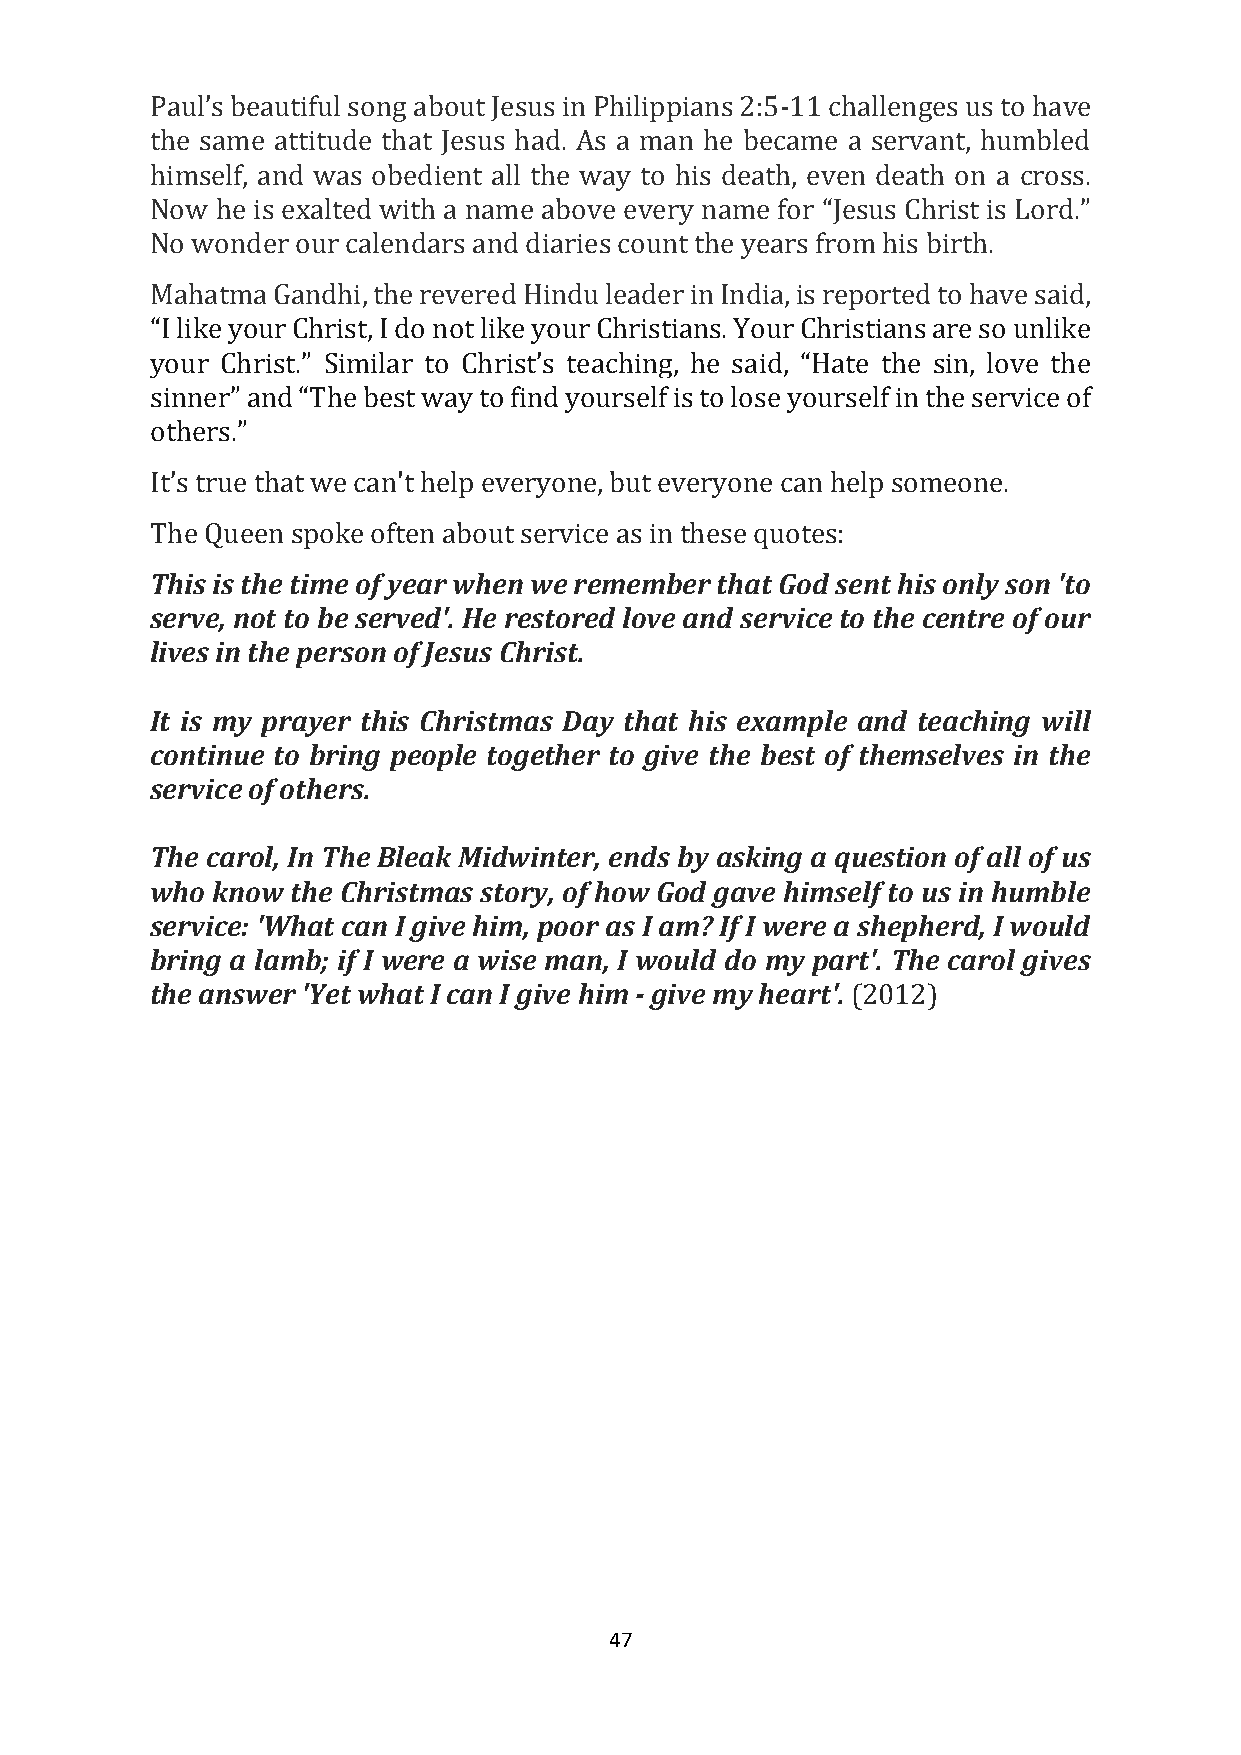
Paul’s beautiful song about Jesus in Philippians 2:5-11 challenges us to have
 the same attitude that Jesus had. As a man he became a servant, humbled
 himself, and was obedient all the way to his death, even death on a cross.
 Now he is exalted with a name above every name for “Jesus Christ is Lord.”
 No wonder our calendars and diaries count the years from his birth.
 Mahatma Gandhi, the revered Hindu leader in India, is reported to have said,
 “I like your Christ, I do not like your Christians. Your Christians are so unlike
 your Christ.” Similar to Christ’s teaching, he said, “Hate the sin, love the
 sinner” and “The best way to find yourself is to lose yourself in the service of
 others.”
 It’s true that we can't help everyone, but everyone can help someone.
 The Queen spoke often about service as in these quotes:
 This is the time of year when we remember that God sent his only son 'to
 serve, not to be served'. He restored love and service to the centre of our
 lives in the person of Jesus Christ.
 It is my prayer this Christmas Day that his example and teaching will
 continue to bring people together to give the best of themselves in the
 service of others.
 The carol, In The Bleak Midwinter, ends by asking a question of all of us
 who know the Christmas story, of how God gave himself to us in humble
 service: 'What can I give him, poor as I am? If I were a shepherd, I would
 bring a lamb; if I were a wise man, I would do my part'. The carol gives
 the answer 'Yet what I can I give him - give my heart'. (2012)
 47